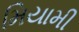
મિયામી